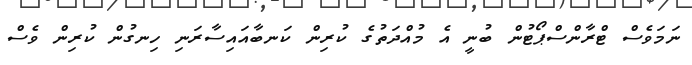
ނަމަވެސް ޓްރާންސްޕޯޓުން ބުނީ އެ މުއްދަތުގެ ކުރިން ކަނބާއައިސާރަނި ހިނގުން ކުރިން ވެސް